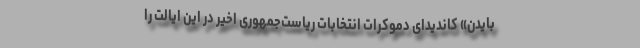
بایدن» کاندیدای دموکرات انتخابات ریاست‌جمهوری اخیر در این ایالت را